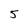
Character: 5